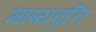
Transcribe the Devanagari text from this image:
भाष्यवृत्ति